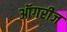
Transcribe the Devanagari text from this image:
ऑगरीज